Bombay plague: being a history of the progress of plague in the Bombay presidency from September 1896 to June 1899
Year: 1896
Disease focus: Plague
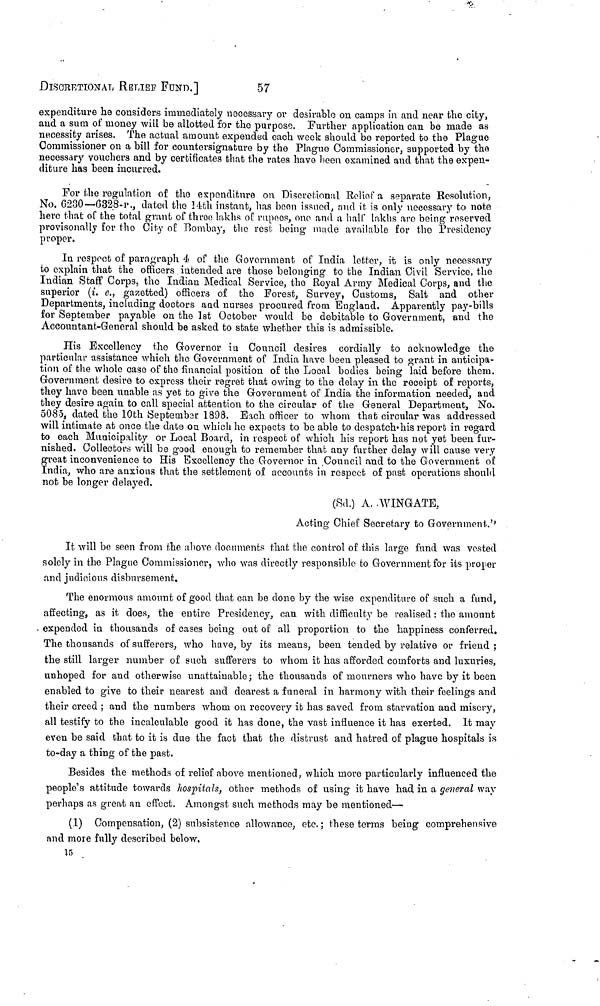
DISCRETIONAL RELIEF FUND.]
57
expenditure he considers immediately necessary or desirable on campa in and near the city,
and a sum of money will be allotted for the purpose. Further application can be made as
necessity arises. The actual amount expended each week should be reported to the Plague
Commissioner on a bill for countersignature by the Plague Commissioner, supported by the
necessary vouchers and by certificates that the rates have been examined and that the expen-
diture has been incurred.
For the regulation of the expenditure on Discretional Relief a separate Resolution,
No. 6230—6328-P., dated the 34th instant, has boon issued, and it is only necessary to note
hero that of the total grant of three lakhs of rupees, one and a half lakhs are being reserved
provisonally for the City of Bombay, the rest being made available for the Presidency
proper.
In respect of paragraph 4 of the Government of India letter, it is only necessary
to explain that the officers intended are those belonging to the Indian Civil Service, the
Indian Staff Corps, the Indian Medical Service, the Royal Army Medical Corps, and the
superior (i. e., gazetted) officers of the Forest, Survey, Customs, Salt and other
Departments, including doctors and nurses procured from England. Apparently pay-bills
for September payable on the 1st October would be debitable to Government, and the
Accountant-General should be asked to state whether this is admissible.
His Excellency the Governor in Council desires cordially to acknowledge the
particular assistance which the Government of India have been pleased to grant in anticipa-
tion of the whole case of the financial position of the Local bodies being laid before them.
Government desire to express their regret that owing to the delay in the receipt of reports,
they have been unable as yet to give the Government of India the information needed, and
they desire again to call special attention to the circular of the General Department, No.
5085, dated the 10th September 1898. Each officer to whom that circular was addressed
will intimate at once the date on which he expects to be able to despatch his report in regard
to each Municipality or Local Board, in respect of which his report has not yet been fur-
nished. Collectors will be good enough to remember that any further delay will cause very
great inconvenience to His Excellency the Governor in Council and to the Government of
India, who are anxious that the settlement of accounts in respect of past operations should
not be longer delayed.
(Sd.) A. WINGATE,
Acting Chief Secretary to Government.
It will be seen from the above documents that the control of this large fund was vested
solely in the Plague Commissioner, who was directly responsible to Government for its proper
and judicious disbursement.
The enormous amount of good that can be done by the wise expenditure of such a fund,
affecting, as it does, the entire Presidency, can with difficulty be realised : the amount
expended in thousands of cases being out of all proportion to the happiness conferred.
The thousands of sufferers, who have, by its means, been tended by relative or friend ;
the still larger number of such sufferers to whom it has afforded comforts and luxuries,
unhoped for and otherwise unattainable; the thousands of mourners who have by it been
enabled to give to their nearest and dearest a funeral in harmony with their feelings and
their creed ; and the numbers whom on recovery it has saved from starvation and misery,
all testify to the incalculable good it has done, the vast influence it has exerted. It may
even be said that to it is due the fact that the distrust and hatred of plague hospitals is
to-day a thing of the past.
Besides the methods of relief above mentioned, which more particularly influenced the
people's attitude towards hospitals, other methods of using it have had in a general way
perhaps as great an effect. Amongst such methods may be mentioned—
(1) Compensation, (2) subsistence allowance, etc. ; these terms being comprehensive
and more fully described below.
15